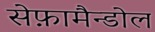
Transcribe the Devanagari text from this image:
सेफ़ामैन्डोल